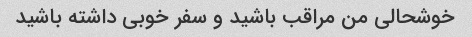
خوشحالی من مراقب باشید و سفر خوبی داشته باشید